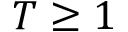
T \ge 1